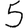
Digit: 5